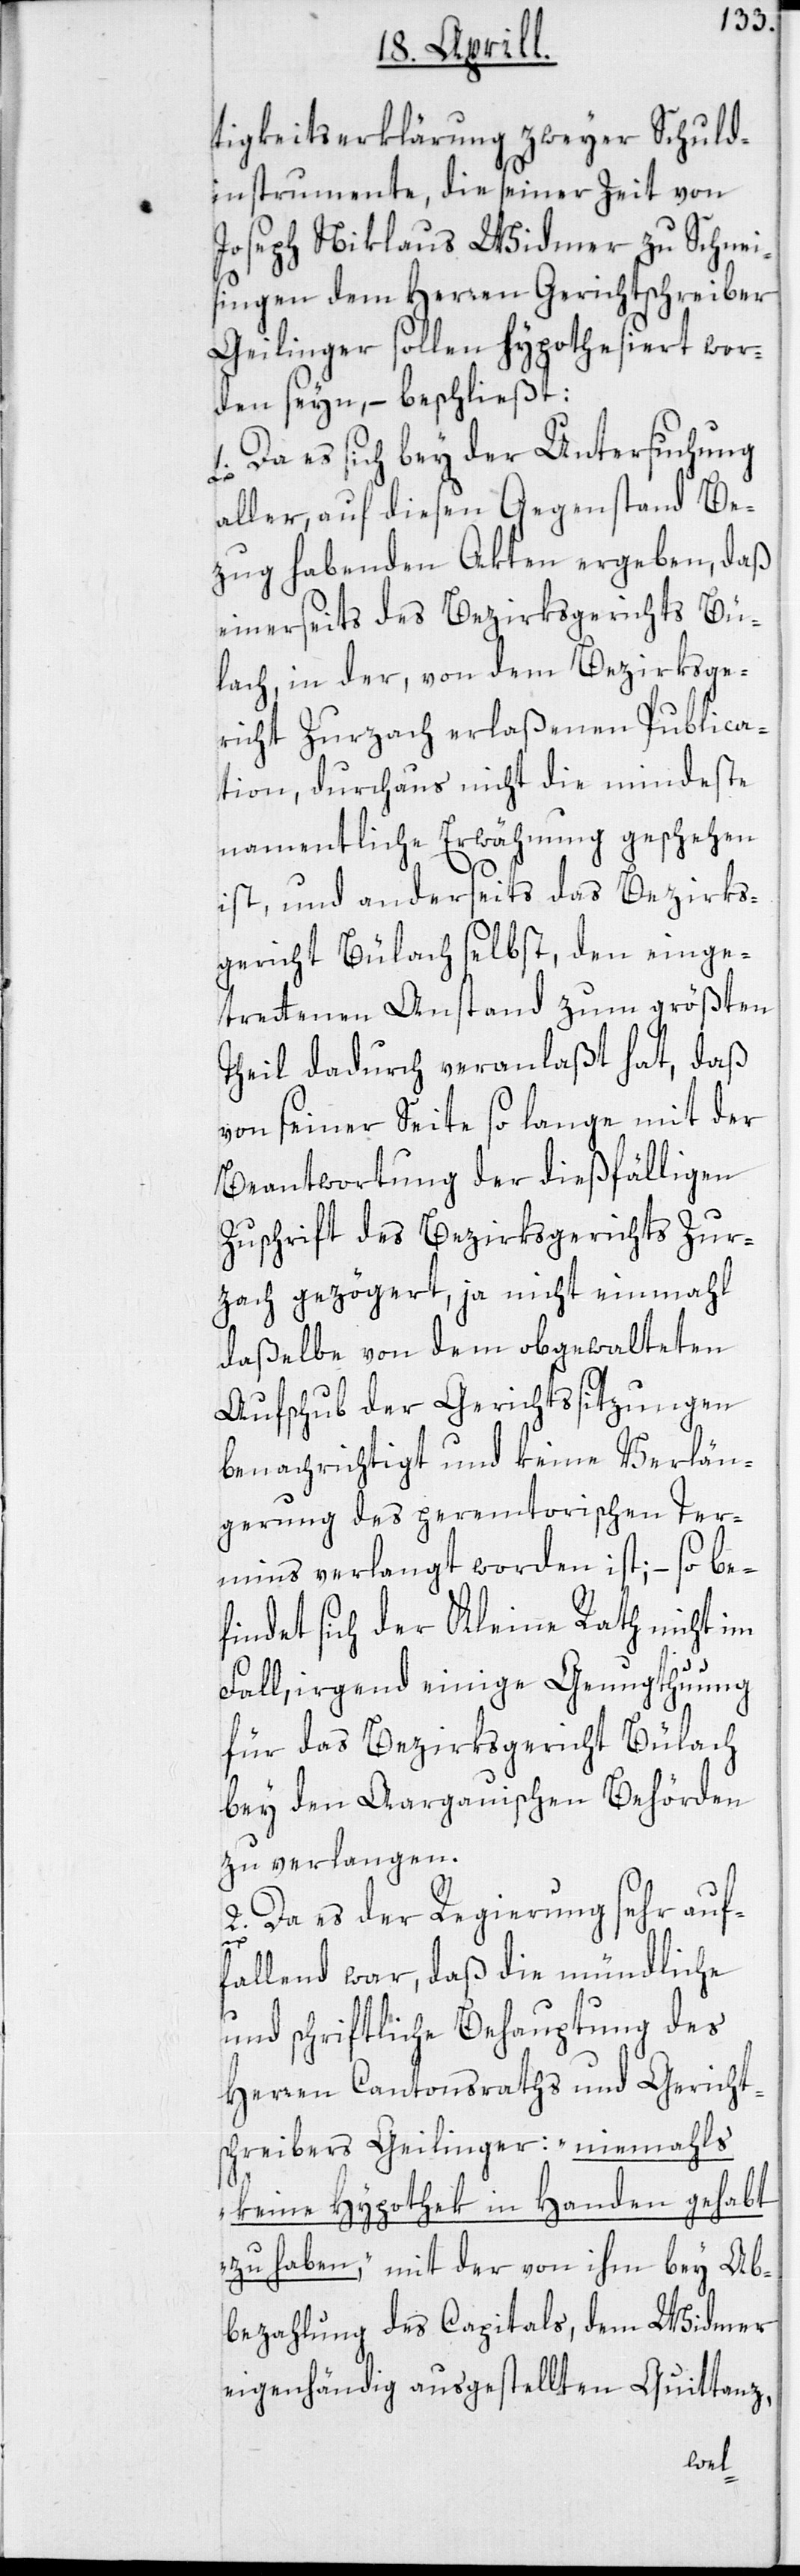
tigkeits-Erklärung zweyer Schuld¬
instrumente, die seiner Zeit von
Joseph Niklaus Widmer zu Schnei¬
singen dem Herren Gerichtschreiber
Geilinger sollen hypothesiert wor¬
den seyn, – beschließt:
1. Da es sich bey der Untersuchung
aller, auf diesen Gegenstand Be¬
zug habenden Akten ergeben, daß
einerseits des Bezirksgerichts Bü¬
lach, in der, von dem Bezirksge¬
richt Zurzach erlaßenen Publica¬
tion, durchaus nicht die mindeste
namentliche Erwähnung geschehen
ist, und anderseits das Bezirks¬
gericht Bülach selbst, den einge¬
trettenen Anstand zum größten
Theil dadurch veranlaßt hat, daß
von seiner Seite so lange mit der
Beantwortung der dießfälligen
Zuschrift des Bezirksgerichts Zur¬
zach gezögert, ja nicht einmahl
daßelbe von dem obgewalteten
Aufschub der Gerichtssitzungen
benachrichtigt und keine Verlän¬
gerung des peremtorischen Ter¬
mins verlangt worden ist; – so be¬
findet sich der Kleine Rath nicht im
Fall, irgend einige Genugthuung
für das Bezirksgericht Bülach
bey den Aargauischen Behörden
zu verlangen.
2. Da es der Regierung sehr auf¬
fallend war, daß die mündliche
und schriftliche Behauptung des
Herren Cantonsraths und Gericht¬
schreibers Geilinger: „niemahls
keine Hypothek in Handen gehabt
zu haben,“ mit der von ihm bey Ab¬
bezahlung des Capitals, dem Widmer
eigenhändig ausgestellten Quittanz,